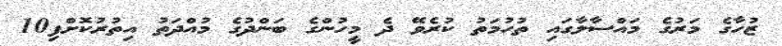
ޒުހާގެ މަރުގެ މައްސާލާގައި ތުހުމަތު ކުރެވޭ ދެ މީހުންގެ ބަންދުގެ މުއްދަތު އިތުރުކޮށްފި10